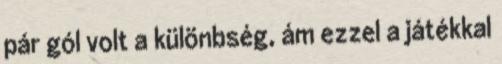
pár gól volt a különbség, ám ezzel a játékkal